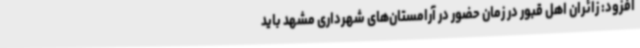
افزود: زائران اهل قبور در زمان حضور در آرامستان‌های شهرداری مشهد باید